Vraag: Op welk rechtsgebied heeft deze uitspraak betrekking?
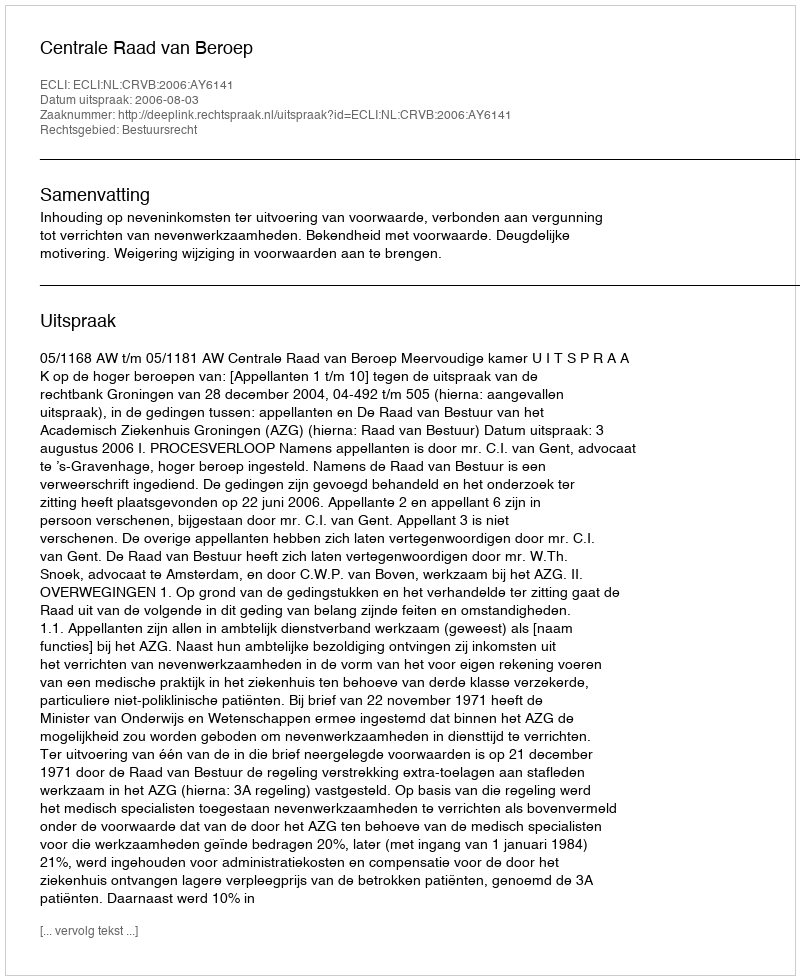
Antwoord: Bestuursrecht